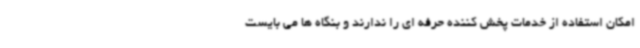
امکان استفاده از خدمات پخش کننده حرفه ای را ندارند و بنگاه ها می بایست